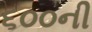
૬૦૦ની